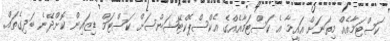
ކަސްޓަމާއެއް މިތަނަށް އައީމާ އެ ކަސްޓަމާއެއްގެ އެކްސްޕެކްޓޭޝަންސަށް ކަސްޓަމް ޑިޒައިން ކޮށްދޭނެ ބަދިގެތައް.